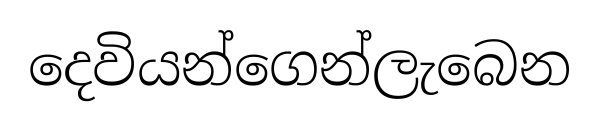
දෙවියන්ගෙන්ලැබෙන